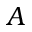
A